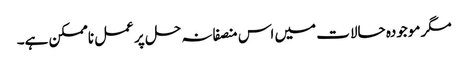
مگر موجودہ حالات میں اس منصفانہ حل پر عمل ناممکن ہے۔